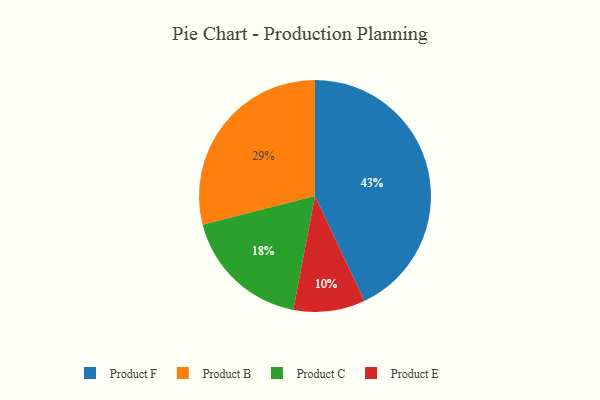
{"axis": {"x": "Category", "y": "Percentage"}, "legend": ["Product B", "Product C", "Product E", "Product F"], "data": [{"x": "Product B", "y": 29, "type": "Product B"}, {"x": "Product F", "y": 43, "type": "Product F"}, {"x": "Product E", "y": 10, "type": "Product E"}, {"x": "Product C", "y": 18, "type": "Product C"}]}